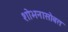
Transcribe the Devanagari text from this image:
शोभनासोबत